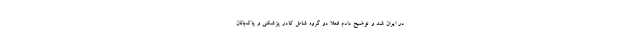
در ایران شد و توضیح دادم فعلا دو گروه شامل کادر پزشکی و پاک‌بانان